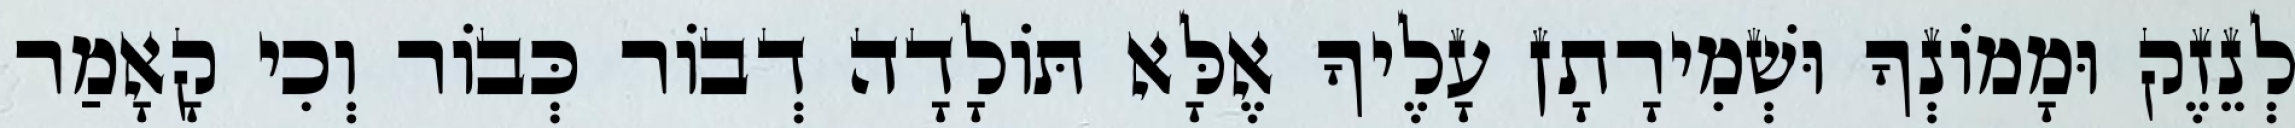
לְנֵזֶק וּמָמוֹנְךָ וּשְׁמִירָתָן עָלֶיךָ אֶלָּא תּוֹלָדָה דְבוֹר כְּבוֹר וְכִי קָאָמַר